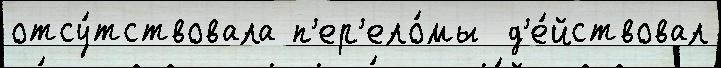
отсу́тствовала п'ер'ело́мы  д'е́йствовал